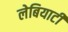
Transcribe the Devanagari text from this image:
लेबियाटी